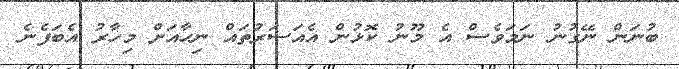
ބުނަން ނޭގުނު ނަމަވެސް އެ މޫނު ކޮޅުން އެއަސަރުތައް ނިހާއަށް މިހާރު އެބަފެނެ